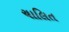
ચાલિત